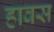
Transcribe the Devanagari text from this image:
हावस